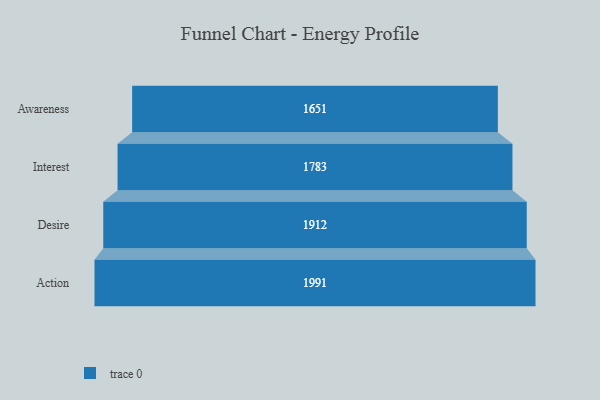
{"axis": {"x": "Stage", "y": "Value"}, "legend": [""], "data": [{"x": "Awareness", "y": 1651.0, "type": ""}, {"x": "Interest", "y": 1783.0, "type": ""}, {"x": "Desire", "y": 1912.0, "type": ""}, {"x": "Action", "y": 1991.0, "type": ""}]}